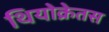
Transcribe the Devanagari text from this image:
थियोक्रेतस